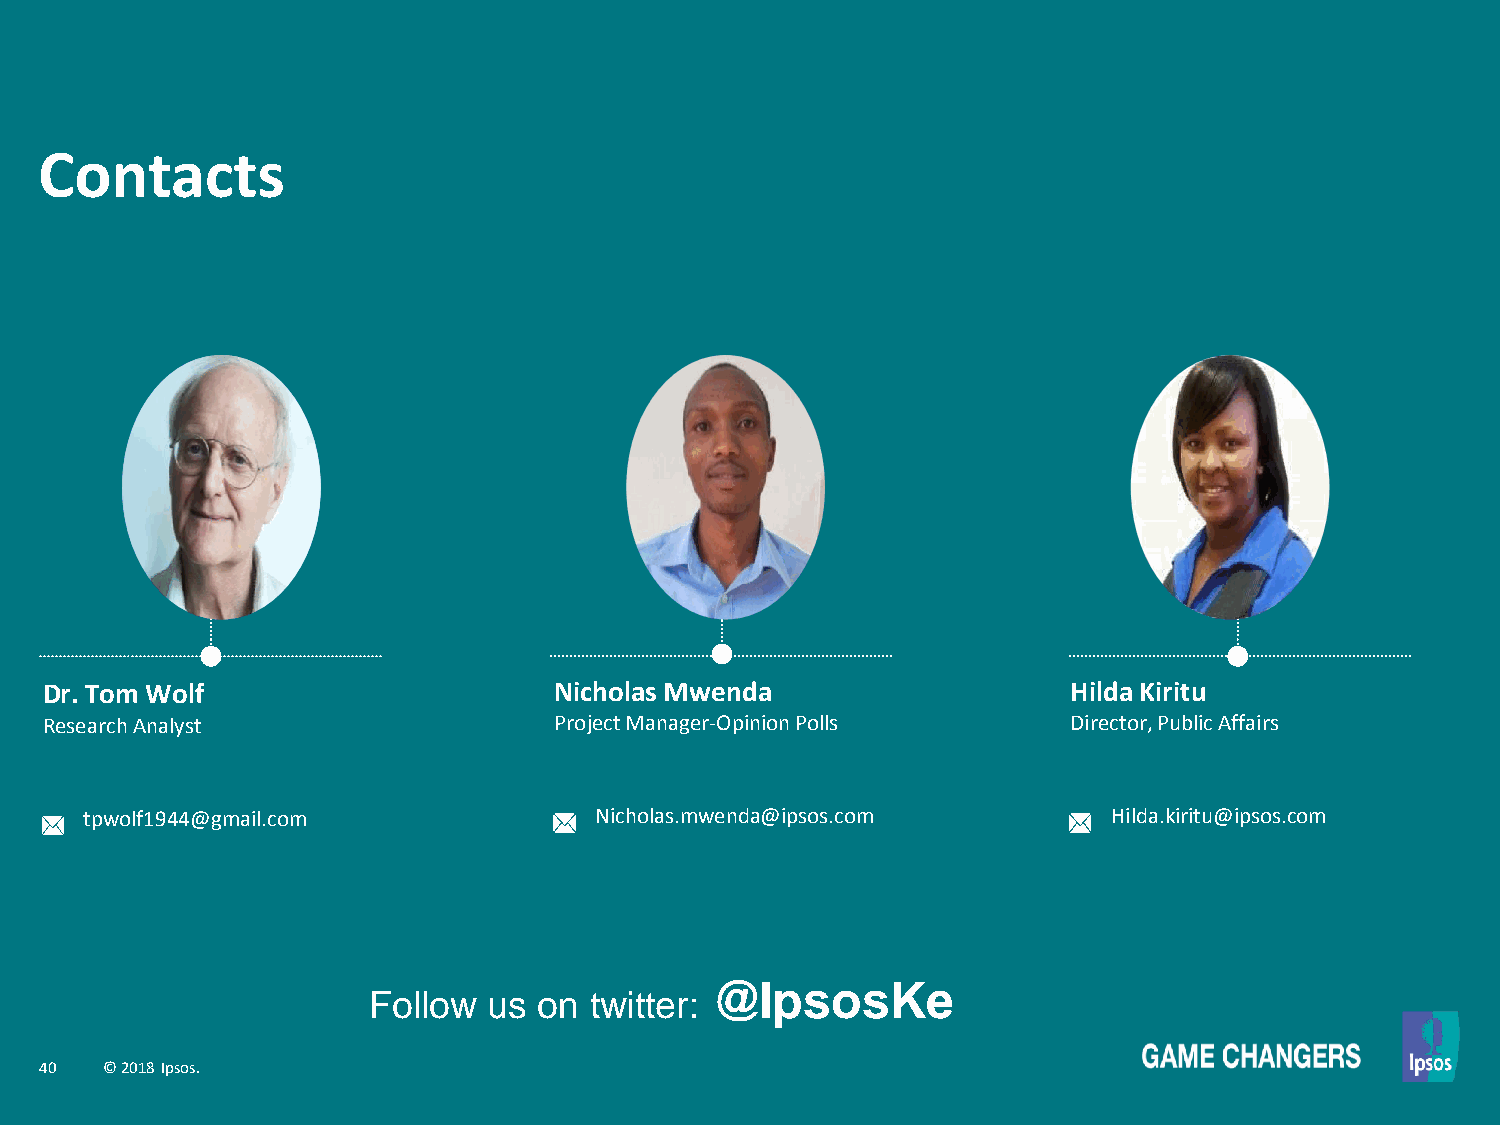
Contacts
 Dr. Tom Wolf                      Nicholas Mwenda                   Hilda Kiritu
 Research Analyst                  Project Manager-Opinion Polls     Director, Public Affairs
 tpwolf1944@gmail.com             Nicholas.mwenda@ipsos.com          Hilda.kiritu@ipsos.com
 @IpsosKe
 Follow  us  on twitter:
 40  © 2018 Ipsos.